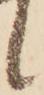
候